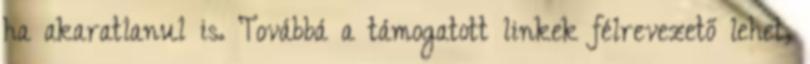
ha akaratlanul is. Továbbá a támogatott linkek félrevezető lehet,